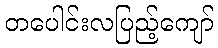
တပေါင်းလပြည့်ကျော်